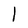
Character: I